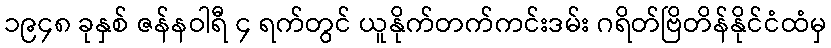
၁၉၄၈ ခုနှစ် ဇန်နဝါရီ ၄ ရက်တွင် ယူနိုက်တက်ကင်းဒမ်း ဂရိတ်ဗြိတိန်နိုင်ငံထံမှ